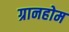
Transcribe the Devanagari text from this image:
ग्रानहोम